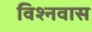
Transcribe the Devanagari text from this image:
विश्नवास